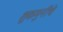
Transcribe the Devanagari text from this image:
शुकमुनींचे